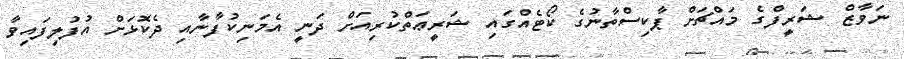
ނަވާޒް ޝަރީފްގެ މައްޗަށް ޕާކިސްތާނުގެ ކޯޓެއްގައި ޝަރީޢަތްކުރިއަށް ދަނީ އެމަނިކުފާނާއި ދެކޮޅަށް އުފުލިފައިވާ